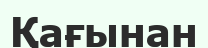
Қағынан